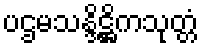
ပဌမသန္ဒိဋ္ဌိကသုတ္တံ